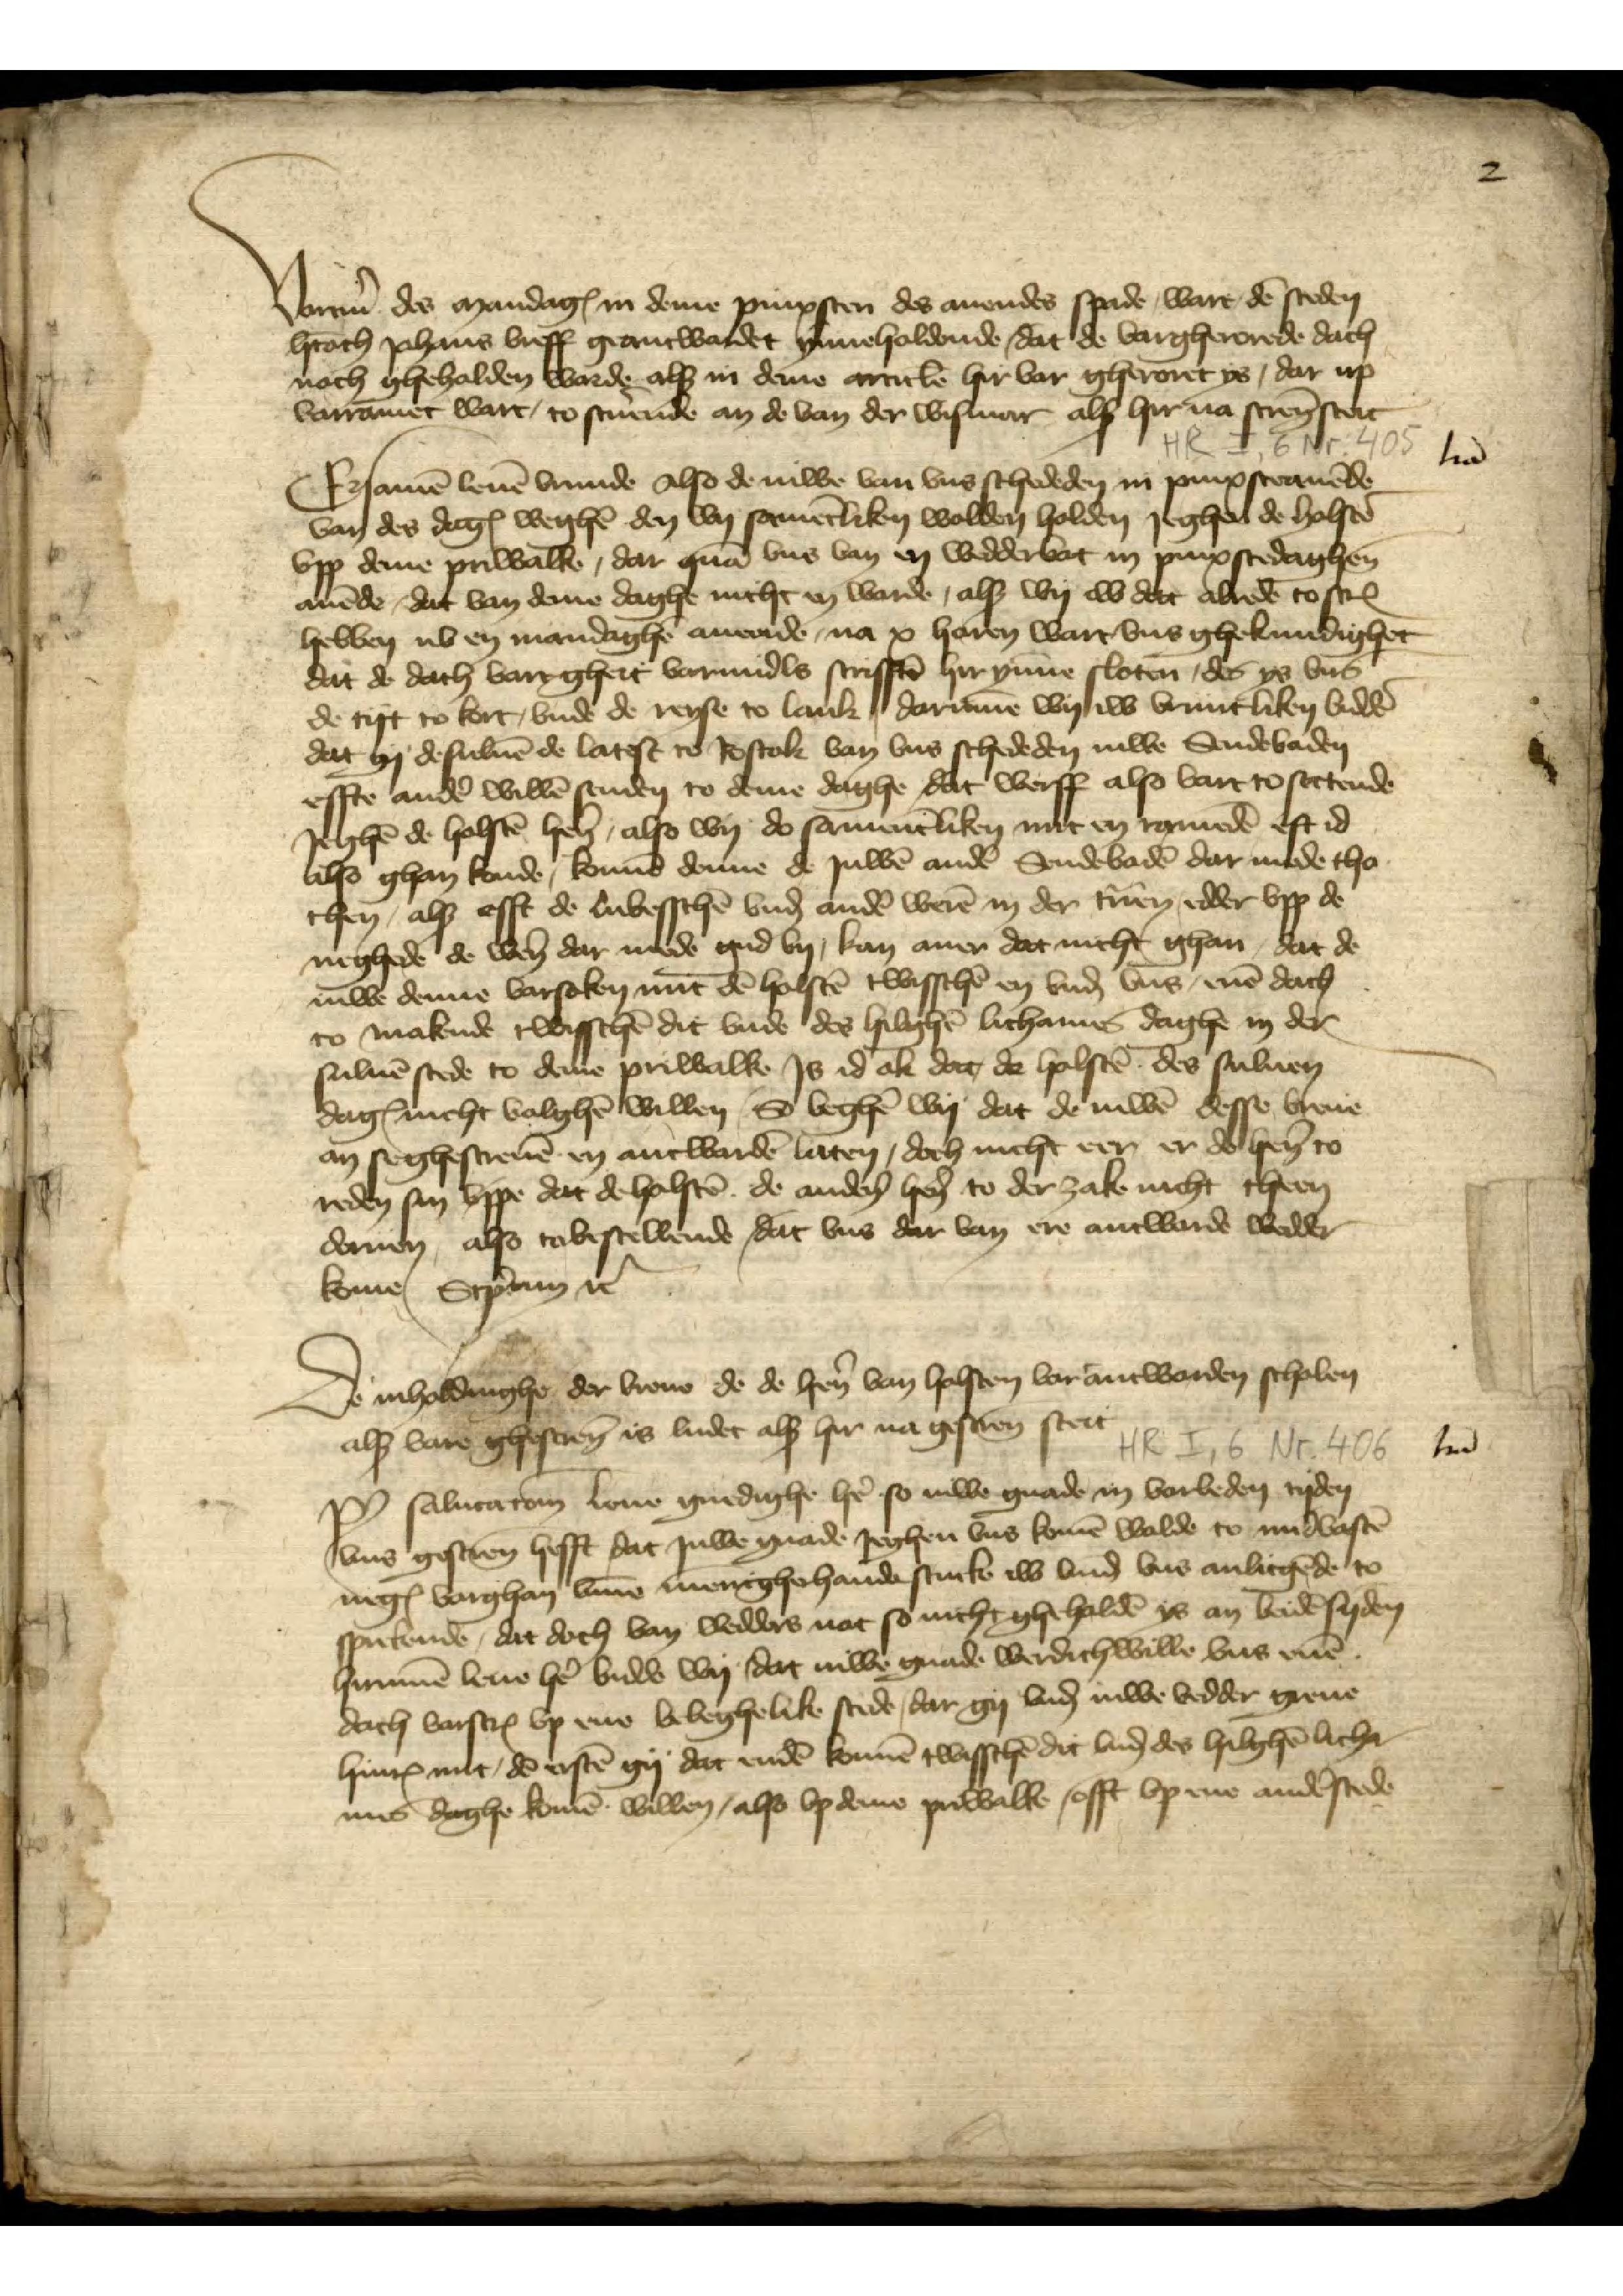
Vortm̉ des mandagꝬ in deme pinxsten des auondes spade, wart dē steden
h̉toch Johans breff geantwordet ynneholdende, dat de vorgherorede dach
noch ghehalden worde alsz in deme articlē hirvor gheroret ys, dar up
vorramet wart, so sc̉uende an de van der Wismar alsz hirna scrēn steit
Ersamē leuē vrunde Also de iuwe van vns schededen in pinxstauēde
van des dagꝬ weghē den wy samētliken wolden holden jeghen de Holstē
vpp deme Priwalke, dar quā vns van en wedderbot in pinxstedaghen
auēde, dat van deme daghe nicht en warde, alsz wy iw dat alrede toscꝬ
hebben nv en mandaghē auende, na x horen wart, vns ghekundighet
dat de dach vart gheit vormidls scrifftē hir ynnē sloten, des ys vns
de tyt to kort, vnde de reyse to lank, darūme wy iw vruntliken biddē
dat gy desuluē de latest to Rostok van vns schededen iuwe Sendebaden
effte andẻ wille senden to deme daghe, dat werff also vort to settende
Jeghē de Holstē hẻn, also wy do samentliken mit en ramēde eft id
also ghan konde, konnē denne de juwē andẻ Sendebadē dar mede tho
then, alsz efft de de Lubesschē vnḑ andẻ werē in der Tuͣen, edder vpp de
neghede de wẻn dar mede gud by, kan auer dat nicht ghan, dat de
iuwe denne vorsoken mit de Holstē twisschē en vnḑ vns, enē dach
to makende twisschē dit vnde des hilighē lichames daghe in der
suluē stede to deme Priwalke, Js id ok dat de Holstē des suluen
dagꝬ nicht volghē willen, So beghẻ wy dat de iuwē desse breue
an se ghescreuē en antwordē laten, doch nicht eer er de hẻn to
reden sin vppe dat de Holstē de andẻn hẻn to der zake nicht theen
doruen, also to bestellende, dat vns dar van ere antworde wedder

kome, Sc̉ptum et̉
De inholdinghe der breue de de hẻn van Holsten vorantworden scholen
alsz vore ghescrēn is ludet alsz hir na gescrēn steit
Po̧ salutatōm leue gnedighe hẻ so iuwe gnade in vorleden tyden
vns gescrēn, dat juwe gnade jeghen vns komē wolde to midvastē
negꝬ vorghan vm̄e menīghehande stucke iw vnnḑ vns anligēde to
sprekende, dit doch van wedders not so nicht gheholdē ys an beidē syden
hirum̄e leue hẻ bidde wy, dat iuwe gnade werdich wille vns enē
dach vorscrꝬ vp ene beheghelike stede, dar gy und iuwe vedder greue
HinrꝬ mit dē erstē gy dat endē konnē twisschē dit vnḑ des hilghē licht¬
mis daghe komē willen, also vp deme Priwalke, offt vp ene andẻ stede

lrā

lrā